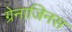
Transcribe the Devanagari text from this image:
ग्रेनाजिनस